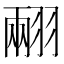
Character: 𦑅